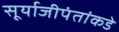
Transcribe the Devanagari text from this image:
सूर्याजीपंतांकडे